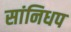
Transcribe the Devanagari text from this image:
सांनिधप